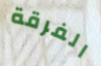
الفرقة